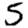
Digit: 5